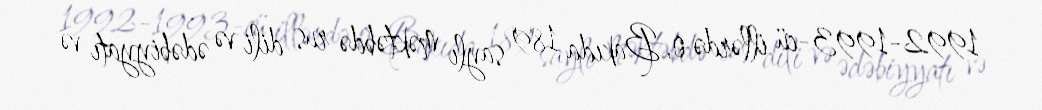
1992-1993-cü illərdə o, Bakıda 189 saylı məktəbdə rus dili və ədəbiyyatı və